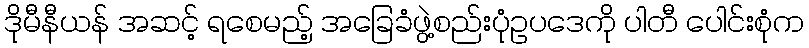
ဒိုမီနီယန် အဆင့် ရစေမည့် အခြေခံဖွဲ့စည်းပုံဥပဒေကို ပါတီ ပေါင်းစုံက